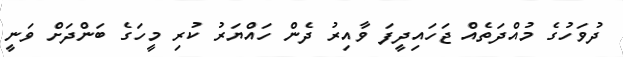
ދުވަހުގެ މުއްދަތެއް ޖަހައިދީފަ ވާއިރު ދެން ހައްޔަރު ކުރި މީހަގެ ބަންދަށް ވަނީ